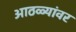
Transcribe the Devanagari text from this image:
आठळ्यांवर